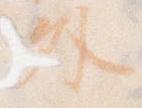
外